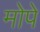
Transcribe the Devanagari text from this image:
मोपे